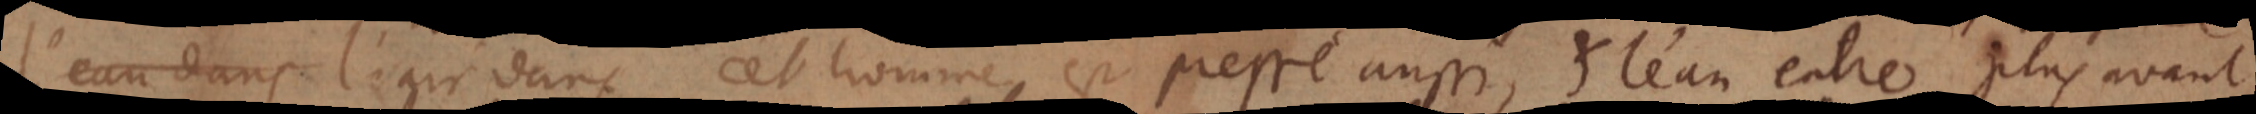
l’eau dans l’air dans cet homme est pressé aussi, et l’eau entre plus avant